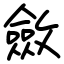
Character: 斂